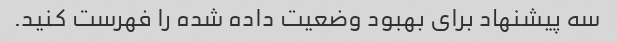
سه پیشنهاد برای بهبود وضعیت داده شده را فهرست کنید.